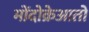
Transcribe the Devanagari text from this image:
मोंदोक्रेआतो